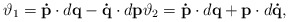
\begin{align*}\vartheta _{1}=\mathbf{\dot{p}}\cdot d\mathbf{q}-\mathbf{\dot{q}}\cdot d\mathbf{p}\vartheta _{2}=\mathbf{\dot{p}}\cdot d\mathbf{q+p}\cdot d\mathbf{\dot{q},} \end{align*}